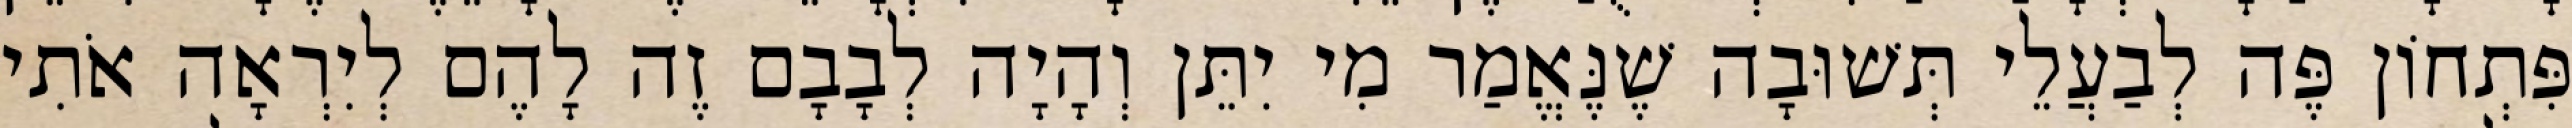
פִּתְחוֹן פֶּה לְבַעֲלֵי תְּשׁוּבָה שֶׁנֶּאֱמַר מִי יִתֵּן וְהָיָה לְבָבָם זֶה לָהֶם לְיִרְאָה אֹתִי